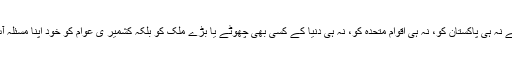
مسئلہ کشمیر کو نہ ھندوستان کو حل کرنا ہے نہ ہی پاکستان کو، نہ ہی اقوام متحدہ کو، نہ ہی دنیا کے کسی بھی چھوٹے یا بڑے ملک کو بلکہ کشمیر ی عوام کو خود اپنا مسئلہ آپ حل کرنے کیلئے متحد و ہمصدا ہونا ہے ۔